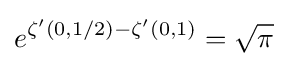
e^{\zeta '(0,1/2)-\zeta '(0,1)}={\sqrt {\pi }}